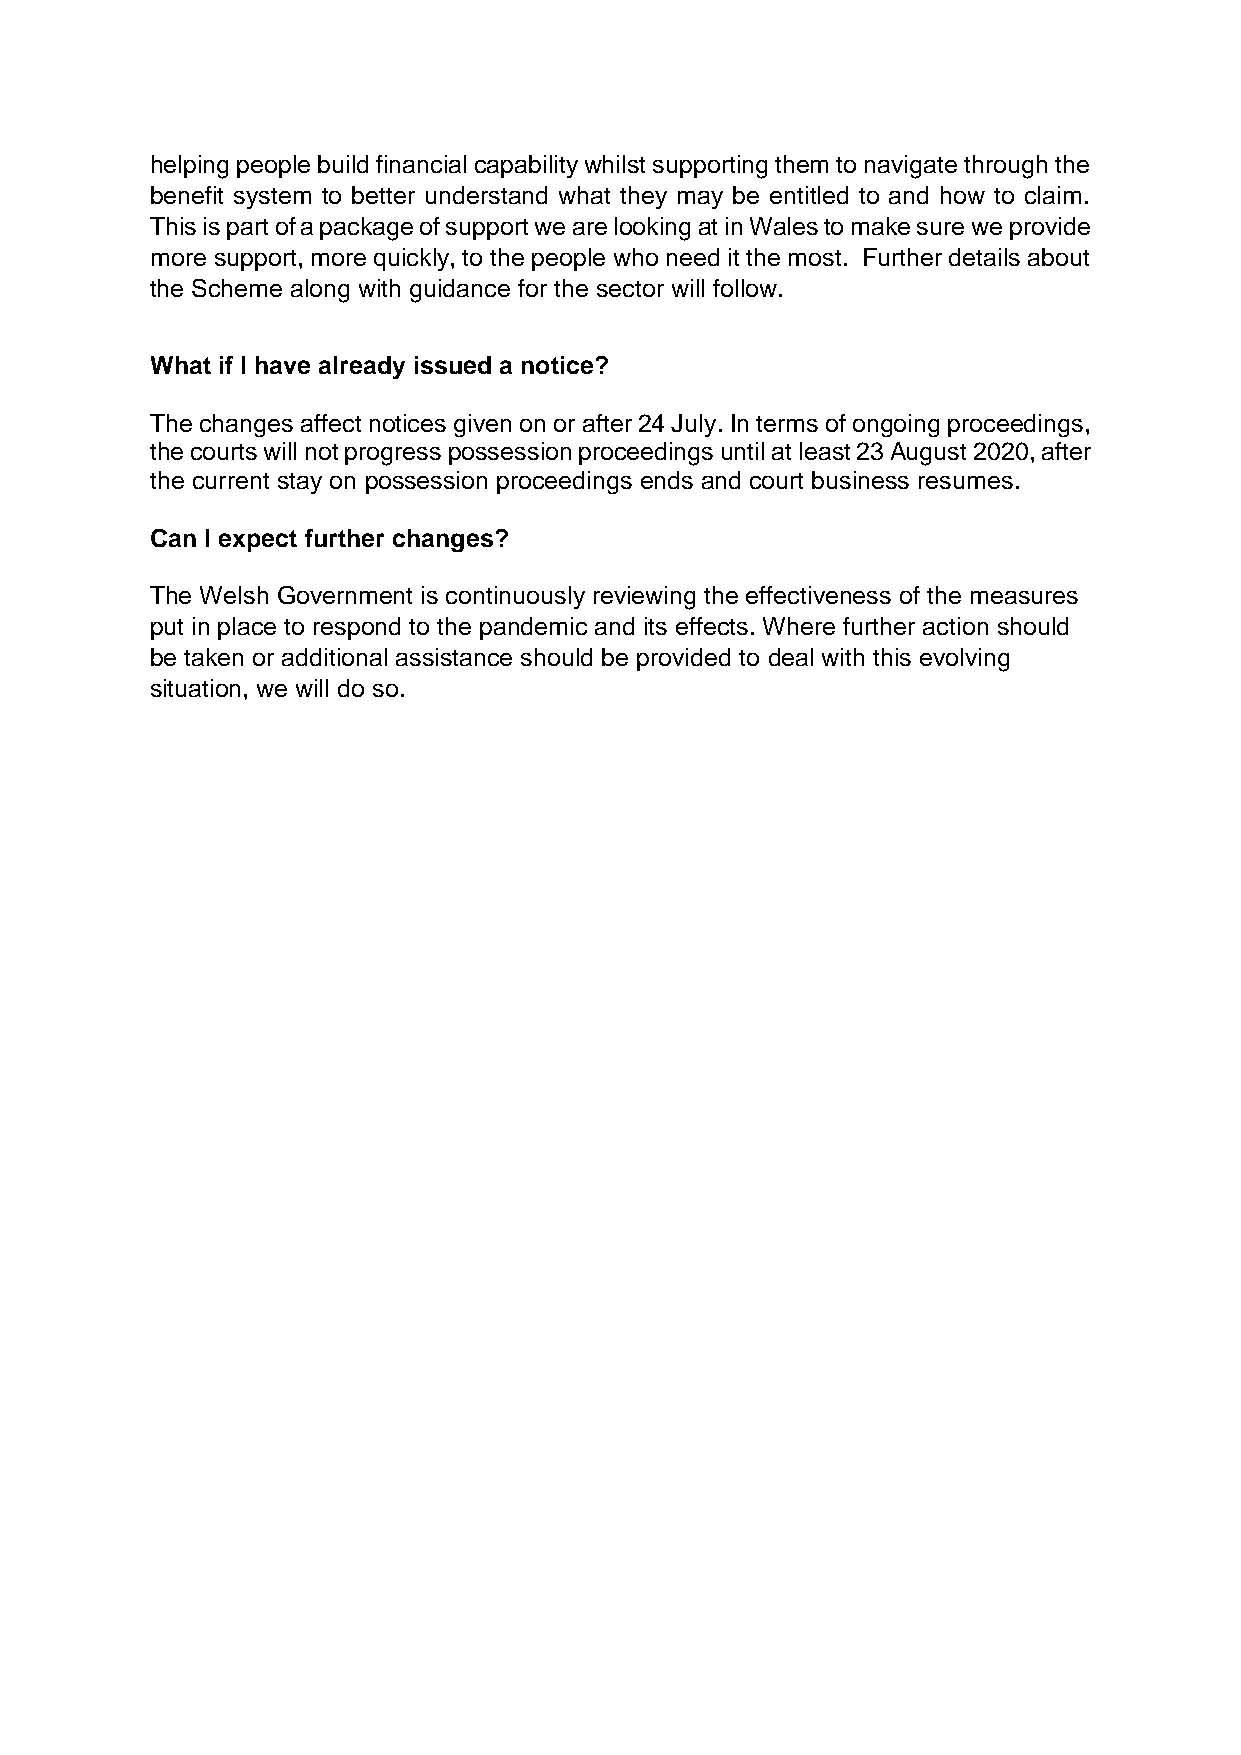
helping people build financial capability whilst supporting them to navigate through the
 benefit system to better understand what they may be entitled to and how to claim.
 This is part of a package of support we are looking at in Wales to make sure we provide
 more support, more quickly, to the people who need it the most. Further details about
 the Scheme along with guidance for the sector will follow.
 What if I have already issued a notice?
 The changes affect notices given on or after 24 July. In terms of ongoing proceedings,
 the courts will not progress possession proceedings until at least 23 August 2020, after
 the current stay on possession proceedings ends and court business resumes.
 Can I expect further changes?
 The Welsh Government is continuously reviewing the effectiveness of the measures
 put in place to respond to the pandemic and its effects. Where further action should
 be taken or additional assistance should be provided to deal with this evolving
 situation, we will do so.